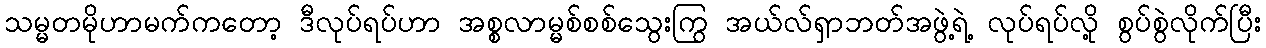
သမ္မတမိုဟာမက်ကတော့ ဒီလုပ်ရပ်ဟာ အစ္စလာမ္မစ်စစ်သွေးကြွ အယ်လ်ရှာဘတ်အဖွဲ့ရဲ့ လုပ်ရပ်လို့ စွပ်စွဲလိုက်ပြီး